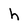
Character: h